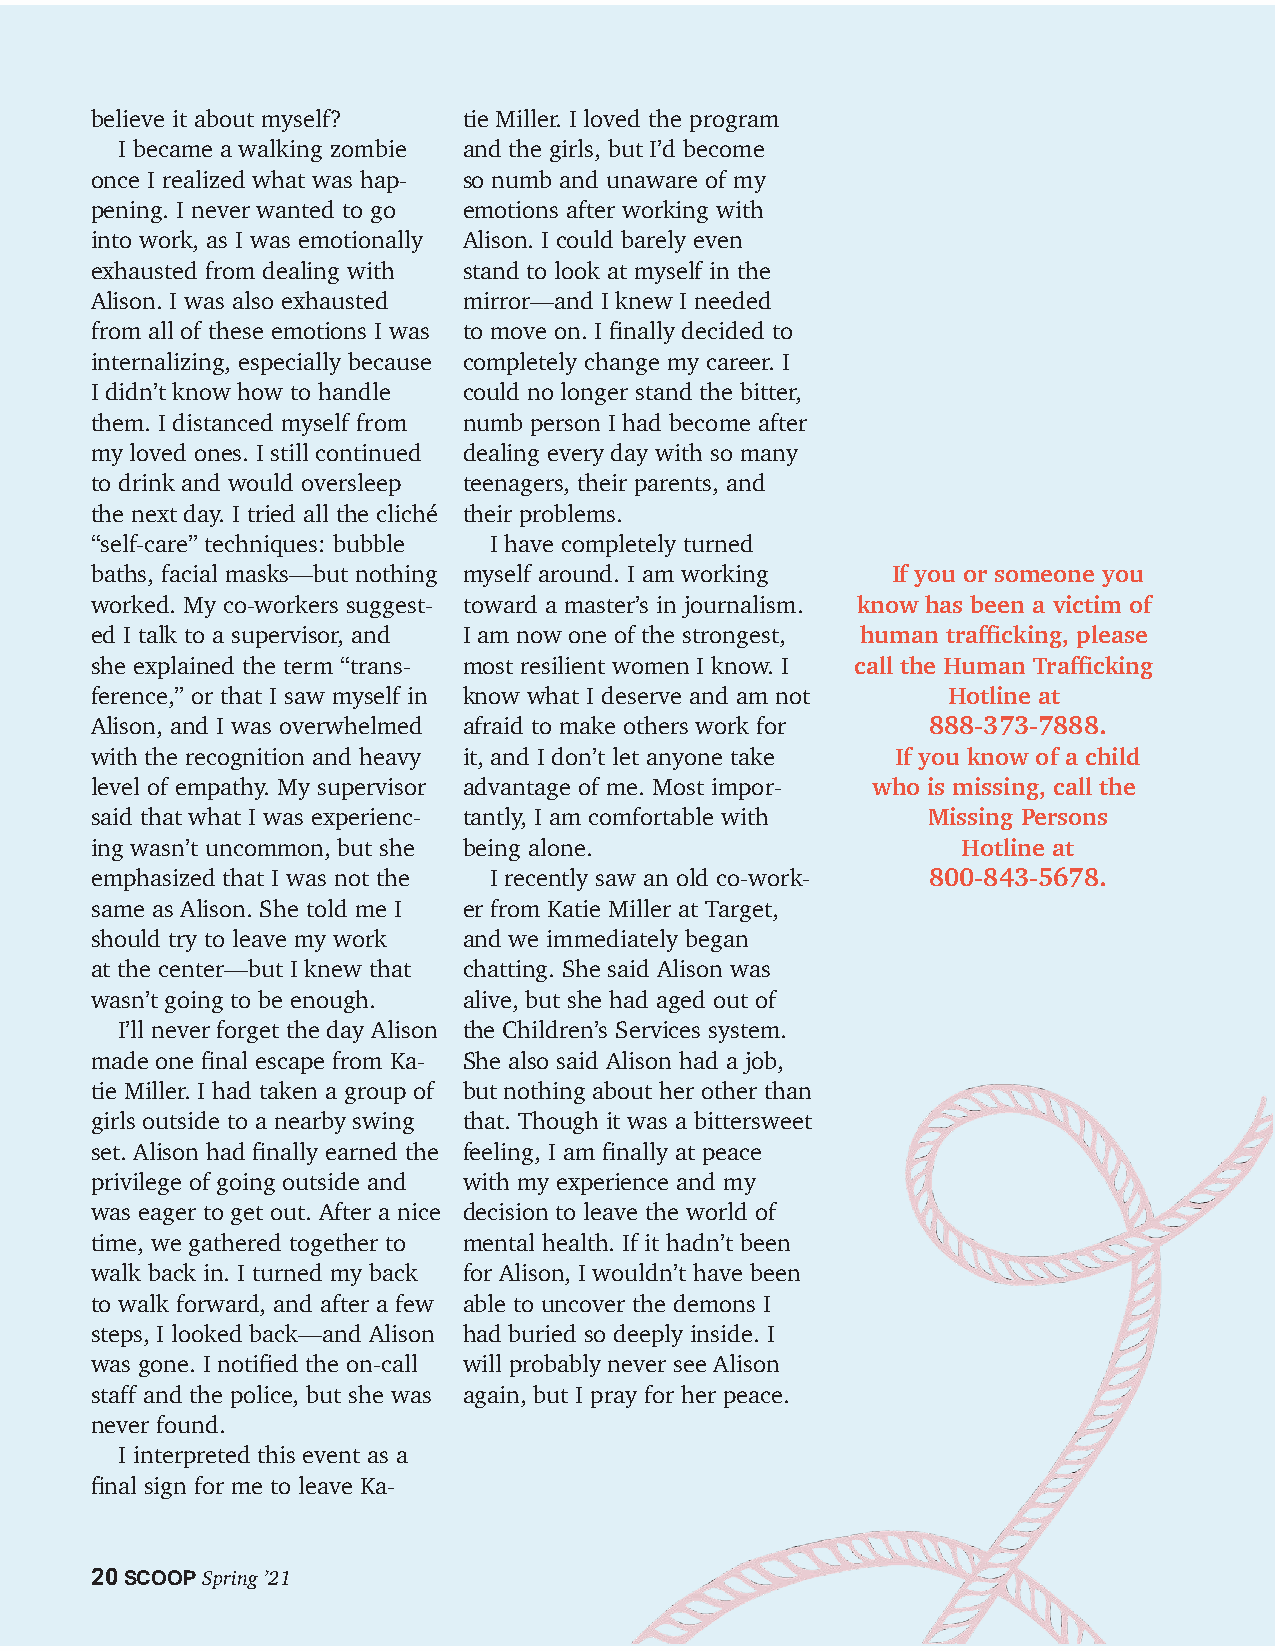
believe it about myself? tie Miller. I loved the program
 I became a walking zombie and the girls, but I’d become
 once I realized what was hap- so numb and unaware of my
 pening. I never wanted to go emotions after working with
 into work, as I was emotionally Alison. I could barely even
 exhausted from dealing with stand to look at myself in the
 Alison. I was also exhausted mirror—and I knew I needed
 from all of these emotions I was to move on. I finally decided to
 internalizing, especially because completely change my career. I
 I didn’t know how to handle could no longer stand the bitter,
 them. I distanced myself from numb person I had become after
 my loved ones. I still continued dealing every day with so many
 to drink and would oversleep teenagers, their parents, and
 the next day. I tried all the cliché their problems.
 “self-care” techniques: bubble I have completely turned
 baths, facial masks—but nothing myself around. I am working If you or someone you
 worked. My co-workers suggest- toward a master’s in journalism. know has been a victim of
 ed I talk to a supervisor, and I am now one of the strongest, human trafficking, please
 she explained the term “trans- most resilient women I know. I call the Human Trafficking
 ference,” or that I saw myself in know what I deserve and am not Hotline at
 Alison, and I was overwhelmed afraid to make others work for 888-373-7888.
 with the recognition and heavy it, and I don’t let anyone take If you know of a child
 level of empathy. My supervisor advantage of me. Most impor- who is missing, call the
 said that what I was experienc- tantly, I am comfortable with Missing Persons
 ing wasn’t uncommon, but she being alone.                 Hotline at
 emphasized that I was not the I recently saw an old co-work- 800-843-5678.
 same as Alison. She told me I er from Katie Miller at Target,
 should try to leave my work and we immediately began
 at the center—but I knew that chatting. She said Alison was
 wasn’t going to be enough. alive, but she had aged out of
 I’ll never forget the day Alison the Children’s Services system.
 made one final escape from Ka- She also said Alison had a job,
 tie Miller. I had taken a group of but nothing about her other than
 girls outside to a nearby swing that. Though it was a bittersweet
 set. Alison had finally earned the feeling, I am finally at peace
 privilege of going outside and with my experience and my
 was eager to get out. After a nice decision to leave the world of
 time, we gathered together to mental health. If it hadn’t been
 walk back in. I turned my back for Alison, I wouldn’t have been
 to walk forward, and after a few able to uncover the demons I
 steps, I looked back—and Alison had buried so deeply inside. I
 was gone. I notified the on-call will probably never see Alison
 staff and the police, but she was again, but I pray for her peace.
 never found.
 I interpreted this event as a
 final sign for me to leave Ka-
 20 SCOOP Spring ’21